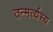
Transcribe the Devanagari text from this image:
तन्मर्त्यस्य